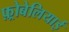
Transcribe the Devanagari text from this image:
फ़्रोबेलियाई